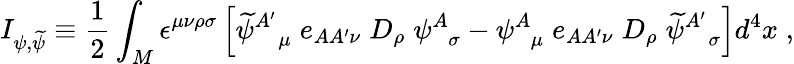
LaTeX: I_{\psi,{\widetilde\psi}}\equiv{\frac{1}{2}}\int_{M}\epsilon^{\mu\nu\rho\sigma}\left[{\widetilde\psi}_{\; \; \; \mu}^{A^{\prime}}\; e_{AA^{\prime}\nu}\; D_{\rho}\; \psi_{\; \; \sigma}^{A}-\psi_{\; \; \mu}^{A}\; e_{AA^{\prime}\nu}\; D_{\rho}\; {\widetilde\psi}_{\; \; \; \sigma}^{A^{\prime}}\right]d^{4}x\; ,